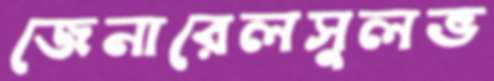
জেনারেলসুলভ